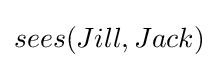
sees(Jill,Jack)